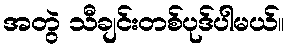
အတွဲ သီချင်းတစ်ပုဒ်ပါမယ်။